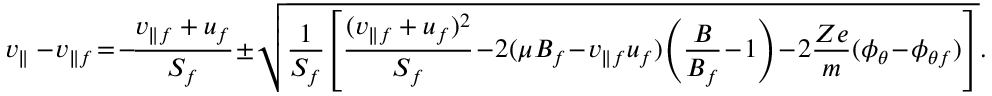
v _ { \parallel } - \! v _ { \parallel f } \! = \! - \! \frac { v _ { \parallel f } + u _ { f } } { S _ { f } } \! \pm \! \sqrt { \frac { 1 } { S _ { f } } \! \left[ \frac { ( v _ { \parallel f } + u _ { f } ) ^ { 2 } } { S _ { f } } \! - \! 2 ( \mu B _ { f } \! - \! v _ { \parallel f } u _ { f } ) \! \left( \frac { B } { B _ { f } } \! - \! 1 \right) \! - \! 2 \frac { Z e } { m } ( \phi _ { \theta } \! - \! \phi _ { \theta f } ) \right] } .